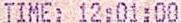
TIME: 12:01:00